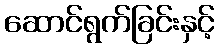
ဆောင်ရွက်ခြင်းနှင့်